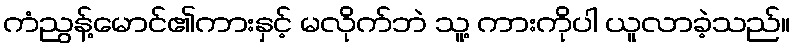
ကံညွန့်မောင်၏ကားနှင့် မလိုက်ဘဲ သူ့ ကားကိုပါ ယူလာခဲ့သည်။